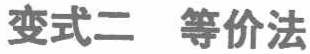
变式二 等价法